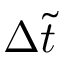
\Delta \tilde { t }